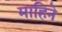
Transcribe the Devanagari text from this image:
माहिने